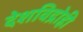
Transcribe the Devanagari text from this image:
देशविद्रोही